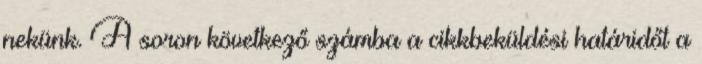
nekünk. A soron következő számba a cikkbeküldési határidőt a